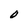
Character: O